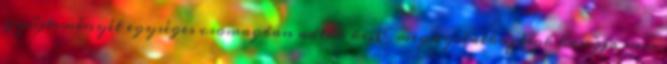
gyűjteményét egységes csomagban adták ki. E megnyilatkozások hangja nem